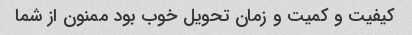
کیفیت و کمیت و زمان تحویل خوب بود ممنون از شما